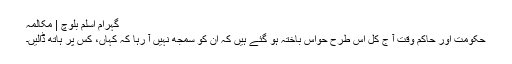
گہرام اسلم بلوچ | مکالمہ
حکومت اور حاکمِ وقت آ ج کل اس طرح حواس باختہ ہو گئے ہیں کہ ان کو سمجھ نہیں آ رہا کہ کہاں، کس پر ہاتھ ڈالیں۔